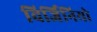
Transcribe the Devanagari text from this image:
विर्जिनियो